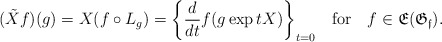
\begin{align*}(\tilde{X}f)(g) = X(f\circ L_g) = \bigg\{\frac{d}{dt}f(g\exp tX)\bigg\}_{t = 0} ~~\mbox{ for }~~ f\in\mathfrak{E}(\mathfrak{G_f}).\end{align*}